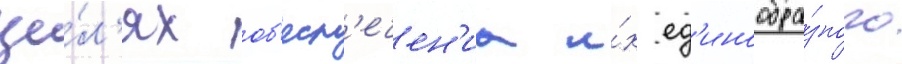
це́л'ях об'есп'ечен'иа и́х ед'инообра́зного